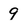
Character: 9